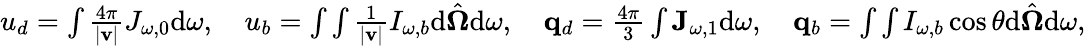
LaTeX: \begin{array}{r}{u_{d}=\int\frac{4\pi}{|\mathbf v|}J_{\omega,0}\textrm{d}\omega,\quad u_{b}=\int\int\frac{1}{|\mathbf v|}I_{\omega,b}\textrm{d}\hat{\boldsymbol\Omega}\textrm{d}\omega,\quad\mathbf q_{d}=\frac{4\pi}{3}\int\mathbf J_{\omega,1}\textrm{d}\omega,\quad\mathbf q_{b}=\int\int I_{\omega,b}\cos\theta\textrm{d}\hat{\boldsymbol\Omega}\textrm{d}\omega,}\end{array}